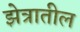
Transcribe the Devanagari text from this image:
झेत्रातील